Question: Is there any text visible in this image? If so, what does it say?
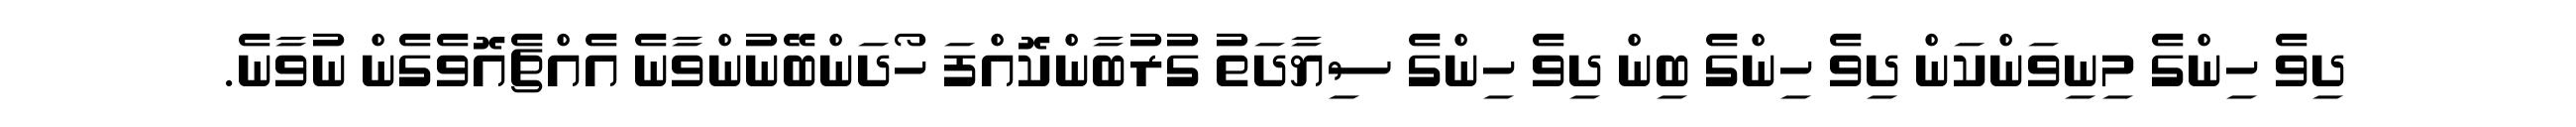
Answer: ދިވެ ހިންގެ މިނިވަންކަން ދިވެ ހިންގެ ބިން ދިވެ ހިންގެ ސިޔާދަތު ގުރުބާންކޮއްފަ ހޯދަންބޭނުންވާނެ އެއްޗެއޮވެގެން ނުވާނެ.